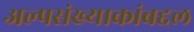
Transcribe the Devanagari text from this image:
अल्पसंख्याकांबद्दल